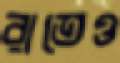
রাতেও